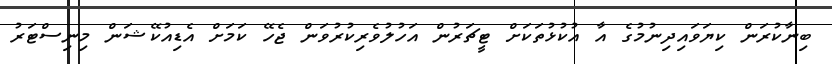
ބިނާކުރަން ކިޔަވައިދިނުމުގެ އާ އުކުޅުތަކަށް ޓީޗަރުން އަހުލުވެރިކުރުވަން ޖެހޭ ކަމަށް އެޑިއުކޭޝަން މިނިސްޓަރު